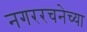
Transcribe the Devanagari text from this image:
नगररचनेच्या